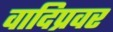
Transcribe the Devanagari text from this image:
वादिप्रवर